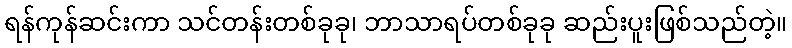
ရန်ကုန်ဆင်းကာ သင်တန်းတစ်ခုခု၊ ဘာသာရပ်တစ်ခုခု ဆည်းပူးဖြစ်သည်တဲ့။